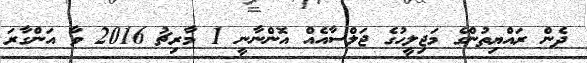
ދެން ރައްޔިތުންގެ މަޖިލީހުގެ ޖަލްސާއެއް އޮންނާނީ 1 މާރިޗު 2016 ވާ އަންގާރަ